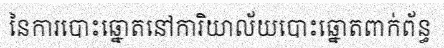
នៃការបោះឆ្នោតនៅការិយាល័យបោះឆ្នោតពាក់ព័ន្ធ